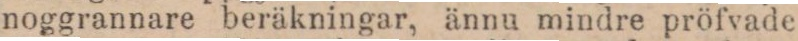
noggrannare beräkningar, ännu mindre pröfvade